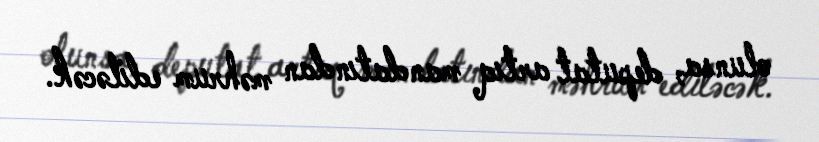
olunsa, deputat artıq mandatından məhrum ediləcək.